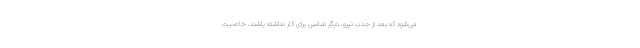
می‌شود که بعد از جذب نیرو، دیگر تماسی برای کار نداشته باشند. خاصیت